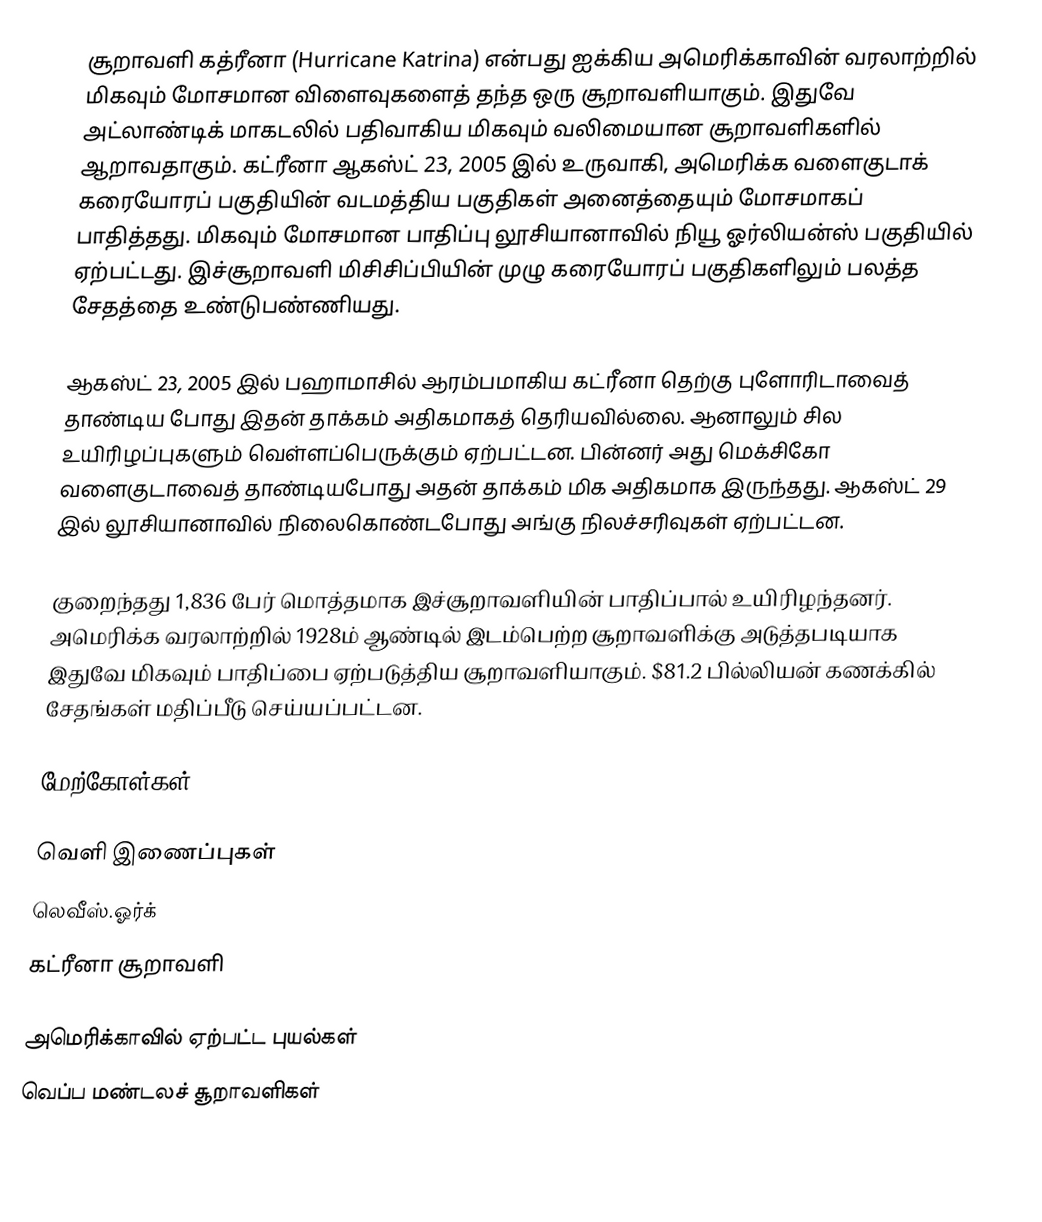
சூறாவளி கத்ரீனா (Hurricane Katrina) என்பது ஐக்கிய அமெரிக்காவின் வரலாற்றில் மிகவும் மோசமான விளைவுகளைத் தந்த ஒரு சூறாவளியாகும். இதுவே அட்லாண்டிக் மாகடலில் பதிவாகிய மிகவும் வலிமையான சூறாவளிகளில் ஆறாவதாகும். கட்ரீனா ஆகஸ்ட் 23, 2005 இல் உருவாகி, அமெரிக்க வளைகுடாக் கரையோரப் பகுதியின் வடமத்திய பகுதிகள் அனைத்தையும் மோசமாகப் பாதித்தது. மிகவும் மோசமான பாதிப்பு லூசியானாவில் நியூ ஓர்லியன்ஸ் பகுதியில் ஏற்பட்டது. இச்சூறாவளி மிசிசிப்பியின் முழு கரையோரப் பகுதிகளிலும் பலத்த சேதத்தை உண்டுபண்ணியது.

ஆகஸ்ட் 23, 2005 இல் பஹாமாசில் ஆரம்பமாகிய கட்ரீனா தெற்கு புளோரிடாவைத் தாண்டிய போது இதன் தாக்கம் அதிகமாகத் தெரியவில்லை. ஆனாலும் சில உயிரிழப்புகளும் வெள்ளப்பெருக்கும் ஏற்பட்டன. பின்னர் அது மெக்சிகோ வளைகுடாவைத் தாண்டியபோது அதன் தாக்கம் மிக அதிகமாக இருந்தது. ஆகஸ்ட் 29 இல் லூசியானாவில் நிலைகொண்டபோது அங்கு நிலச்சரிவுகள் ஏற்பட்டன.

குறைந்தது 1,836 பேர் மொத்தமாக இச்சூறாவளியின் பாதிப்பால் உயிரிழந்தனர். அமெரிக்க வரலாற்றில் 1928ம் ஆண்டில் இடம்பெற்ற சூறாவளிக்கு அடுத்தபடியாக இதுவே மிகவும் பாதிப்பை ஏற்படுத்திய சூறாவளியாகும். $81.2 பில்லியன் கணக்கில் சேதங்கள் மதிப்பீடு செய்யப்பட்டன.

மேற்கோள்கள்

வெளி இணைப்புகள்
 லெவீஸ்.ஓர்க்
 கட்ரீனா சூறாவளி

அமெரிக்காவில் ஏற்பட்ட புயல்கள்
வெப்ப மண்டலச் சூறாவளிகள்